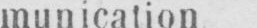
munication